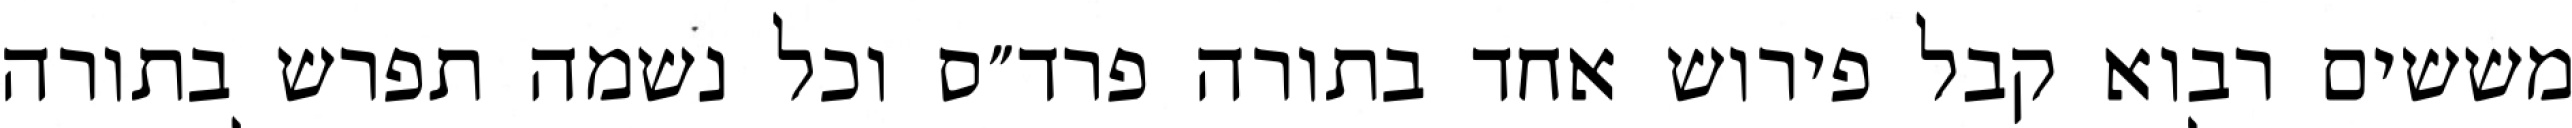
מששים רבוא קבל פירוש אחד בתורה פרד״ס וכל נשמה תפרש בתורה